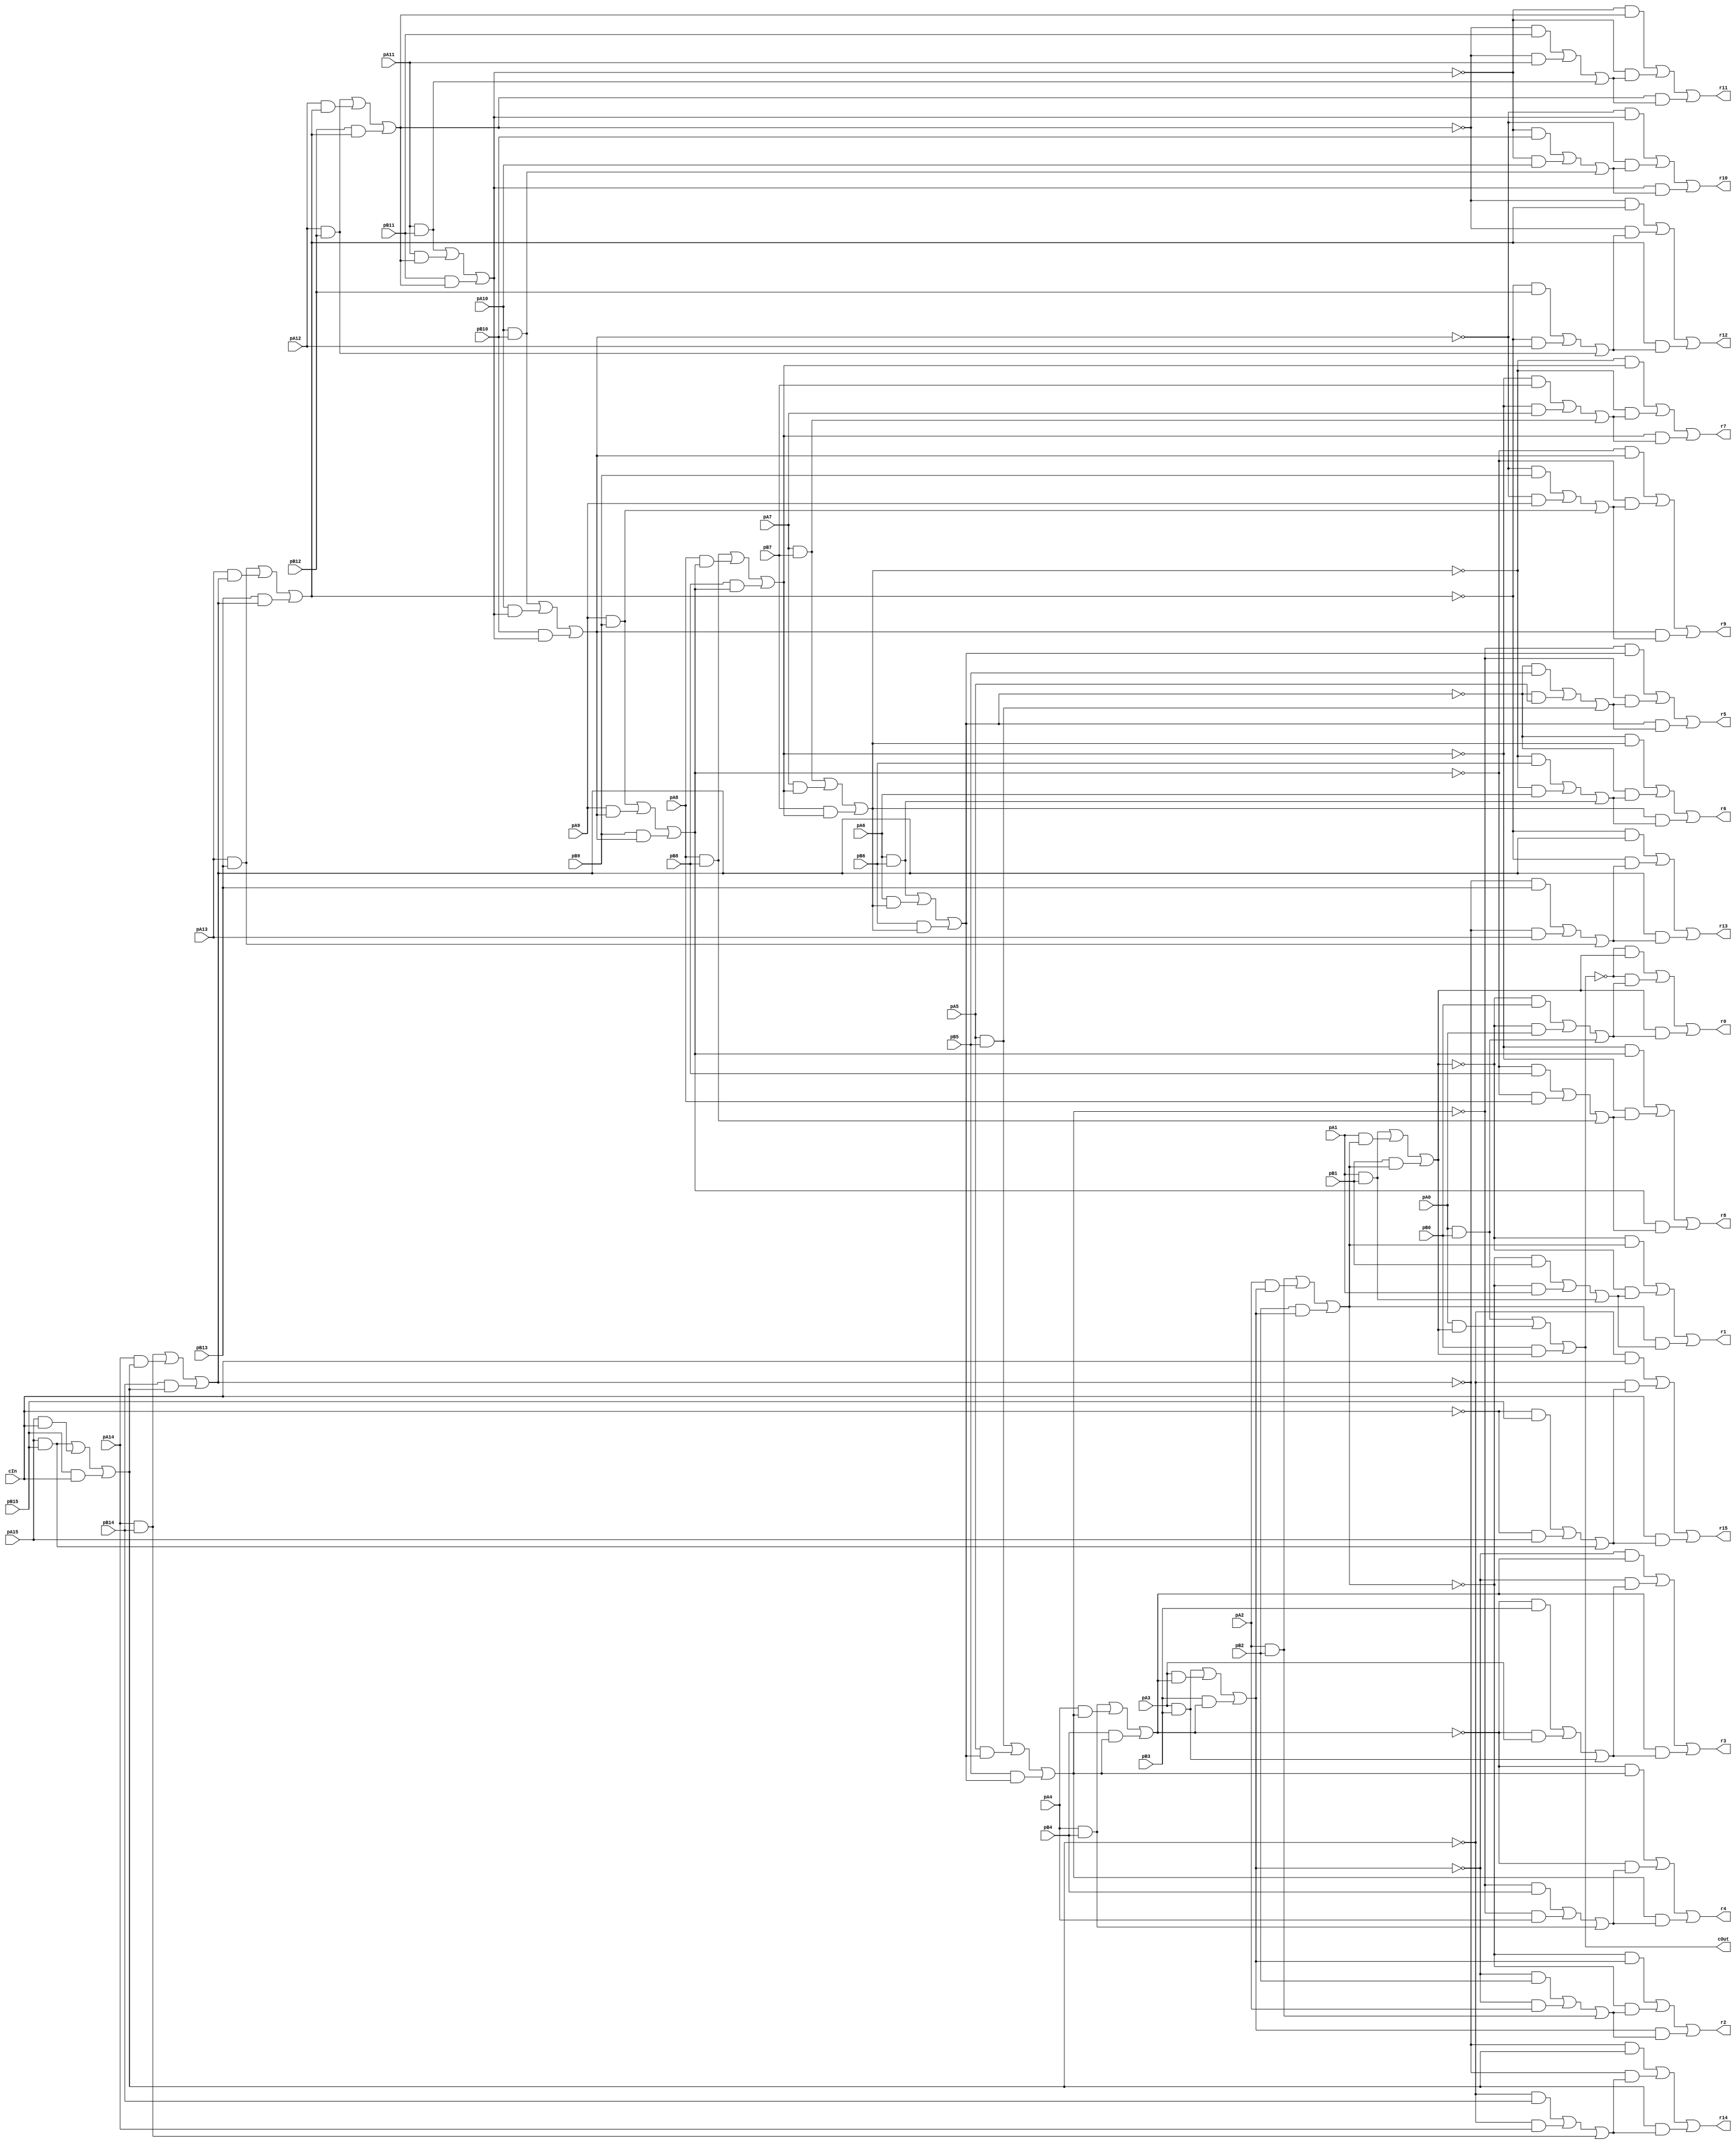

module MajRippleCarryAdder_16(pA15,pA14,pA13,pA12,pA11,pA10,pA9,pA8,pA7,pA6,pA5,pA4,pA3,pA2,pA1,pA0,pB15,pB14,pB13,pB12,pB11,pB10,pB9,pB8,pB7,pB6,pB5,pB4,pB3,pB2,pB1,pB0,r15,r14,r13,r12,r11,r10,r9,r8,r7,r6,r5,r4,r3,r2,r1,r0,cIn, cOut);
input pA15,pA14,pA13,pA12,pA11,pA10,pA9,pA8,pA7,pA6,pA5,pA4,pA3,pA2,pA1,pA0,pB15,pB14,pB13,pB12,pB11,pB10,pB9,pB8,pB7,pB6,pB5,pB4,pB3,pB2,pB1,pB0,cIn;
output r15,r14,r13,r12,r11,r10,r9,r8,r7,r6,r5,r4,r3,r2,r1,r0,cOut;
wire f0,f1,f2,f3,f4,f5,f6,f7,f8,f9,f10,f11,f12,f13,f14,f15,carryX0,carryX1,carryX2,carryX3,carryX4,carryX5,carryX6,carryX7,carryX8,carryX9,carryX10,carryX11,carryX12,carryX13,carryX14,carryX15,carryX16,a0,a1,a2,a3,a4,a5,a6,a7,a8,a9,a10,a11,a12,a13,a14,a15,b0,b1,b2,b3,b4,b5,b6,b7,b8,b9,b10,b11,b12,b13,b14,b15,s0,s1,s2,s3,s4,s5,s6,s7,s8,s9,s10,s11,s12,s13,s14,s15;
assign a0 = pA15;
assign b0 = pB15;
assign r15 = s0;

assign a1 = pA14;
assign b1 = pB14;
assign r14 = s1;

assign a2 = pA13;
assign b2 = pB13;
assign r13 = s2;

assign a3 = pA12;
assign b3 = pB12;
assign r12 = s3;

assign a4 = pA11;
assign b4 = pB11;
assign r11 = s4;

assign a5 = pA10;
assign b5 = pB10;
assign r10 = s5;

assign a6 = pA9;
assign b6 = pB9;
assign r9 = s6;

assign a7 = pA8;
assign b7 = pB8;
assign r8 = s7;

assign a8 = pA7;
assign b8 = pB7;
assign r7 = s8;

assign a9 = pA6;
assign b9 = pB6;
assign r6 = s9;

assign a10 = pA5;
assign b10 = pB5;
assign r5 = s10;

assign a11 = pA4;
assign b11 = pB4;
assign r4 = s11;

assign a12 = pA3;
assign b12 = pB3;
assign r3 = s12;

assign a13 = pA2;
assign b13 = pB2;
assign r2 = s13;

assign a14 = pA1;
assign b14 = pB1;
assign r1 = s14;

assign a15 = pA0;
assign b15 = pB0;
assign r0 = s15;

assign carryX1 = (a0 & b0) | (a0 & carryX0) | (b0 & carryX0);
assign f0 = (~carryX0 & b0) | (~carryX0 & a0) | (b0 & a0);
assign s0 = (~carryX1 & carryX0) | (~carryX1 & f0) | (carryX0 & f0);
assign carryX2 = (a1 & b1) | (a1 & carryX1) | (b1 & carryX1);
assign f1 = (~carryX1 & b1) | (~carryX1 & a1) | (b1 & a1);
assign s1 = (~carryX2 & carryX1) | (~carryX2 & f1) | (carryX1 & f1);
assign carryX3 = (a2 & b2) | (a2 & carryX2) | (b2 & carryX2);
assign f2 = (~carryX2 & b2) | (~carryX2 & a2) | (b2 & a2);
assign s2 = (~carryX3 & carryX2) | (~carryX3 & f2) | (carryX2 & f2);
assign carryX4 = (a3 & b3) | (a3 & carryX3) | (b3 & carryX3);
assign f3 = (~carryX3 & b3) | (~carryX3 & a3) | (b3 & a3);
assign s3 = (~carryX4 & carryX3) | (~carryX4 & f3) | (carryX3 & f3);
assign carryX5 = (a4 & b4) | (a4 & carryX4) | (b4 & carryX4);
assign f4 = (~carryX4 & b4) | (~carryX4 & a4) | (b4 & a4);
assign s4 = (~carryX5 & carryX4) | (~carryX5 & f4) | (carryX4 & f4);
assign carryX6 = (a5 & b5) | (a5 & carryX5) | (b5 & carryX5);
assign f5 = (~carryX5 & b5) | (~carryX5 & a5) | (b5 & a5);
assign s5 = (~carryX6 & carryX5) | (~carryX6 & f5) | (carryX5 & f5);
assign carryX7 = (a6 & b6) | (a6 & carryX6) | (b6 & carryX6);
assign f6 = (~carryX6 & b6) | (~carryX6 & a6) | (b6 & a6);
assign s6 = (~carryX7 & carryX6) | (~carryX7 & f6) | (carryX6 & f6);
assign carryX8 = (a7 & b7) | (a7 & carryX7) | (b7 & carryX7);
assign f7 = (~carryX7 & b7) | (~carryX7 & a7) | (b7 & a7);
assign s7 = (~carryX8 & carryX7) | (~carryX8 & f7) | (carryX7 & f7);
assign carryX9 = (a8 & b8) | (a8 & carryX8) | (b8 & carryX8);
assign f8 = (~carryX8 & b8) | (~carryX8 & a8) | (b8 & a8);
assign s8 = (~carryX9 & carryX8) | (~carryX9 & f8) | (carryX8 & f8);
assign carryX10 = (a9 & b9) | (a9 & carryX9) | (b9 & carryX9);
assign f9 = (~carryX9 & b9) | (~carryX9 & a9) | (b9 & a9);
assign s9 = (~carryX10 & carryX9) | (~carryX10 & f9) | (carryX9 & f9);
assign carryX11 = (a10 & b10) | (a10 & carryX10) | (b10 & carryX10);
assign f10 = (~carryX10 & b10) | (~carryX10 & a10) | (b10 & a10);
assign s10 = (~carryX11 & carryX10) | (~carryX11 & f10) | (carryX10 & f10);
assign carryX12 = (a11 & b11) | (a11 & carryX11) | (b11 & carryX11);
assign f11 = (~carryX11 & b11) | (~carryX11 & a11) | (b11 & a11);
assign s11 = (~carryX12 & carryX11) | (~carryX12 & f11) | (carryX11 & f11);
assign carryX13 = (a12 & b12) | (a12 & carryX12) | (b12 & carryX12);
assign f12 = (~carryX12 & b12) | (~carryX12 & a12) | (b12 & a12);
assign s12 = (~carryX13 & carryX12) | (~carryX13 & f12) | (carryX12 & f12);
assign carryX14 = (a13 & b13) | (a13 & carryX13) | (b13 & carryX13);
assign f13 = (~carryX13 & b13) | (~carryX13 & a13) | (b13 & a13);
assign s13 = (~carryX14 & carryX13) | (~carryX14 & f13) | (carryX13 & f13);
assign carryX15 = (a14 & b14) | (a14 & carryX14) | (b14 & carryX14);
assign f14 = (~carryX14 & b14) | (~carryX14 & a14) | (b14 & a14);
assign s14 = (~carryX15 & carryX14) | (~carryX15 & f14) | (carryX14 & f14);
assign carryX16 = (a15 & b15) | (a15 & carryX15) | (b15 & carryX15);
assign f15 = (~carryX15 & b15) | (~carryX15 & a15) | (b15 & a15);
assign s15 = (~carryX16 & carryX15) | (~carryX16 & f15) | (carryX15 & f15);
assign carryX0 = cIn;
assign cOut = carryX16;
endmodule